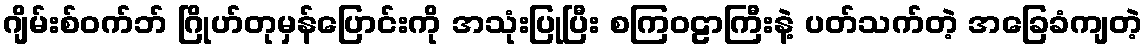
ဂျိမ်းစ်ဝက်ဘ် ဂြိုဟ်တုမှန်ပြောင်းကို အသုံးပြုပြီး စကြဝဠာကြီးနဲ့ ပတ်သက်တဲ့ အခြေခံကျတဲ့